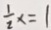
\frac { 1 } { 2 } x = 1